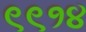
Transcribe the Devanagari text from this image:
९९१४